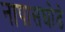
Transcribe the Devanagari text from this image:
नापासघोडे